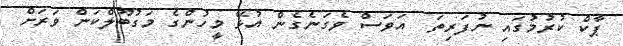
ޕާކް ކުރުމުގައި ނުފަރިތަ  އަވަސް ވެގަނެގެން އުޅޭ މީހުންގެ މަގުބޫލްކަން ވަރަށް